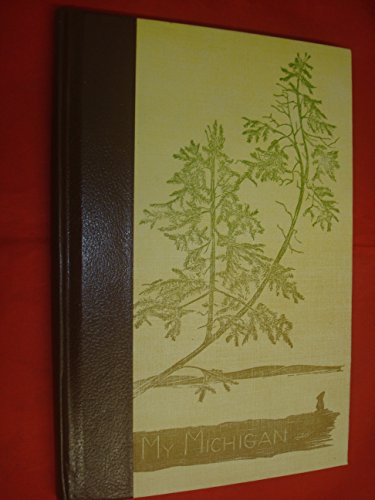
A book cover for My Michigan; Gwen Frostic; Travel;